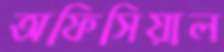
অফিসিয়াল